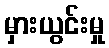
မှားယွင်းမှု